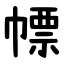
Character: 幖